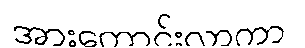
အားကောင်းလာကာ